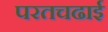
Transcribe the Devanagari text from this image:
परतचढाई